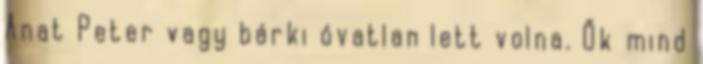
Anat Peter vagy bárki óvatlan lett volna. Ők mind